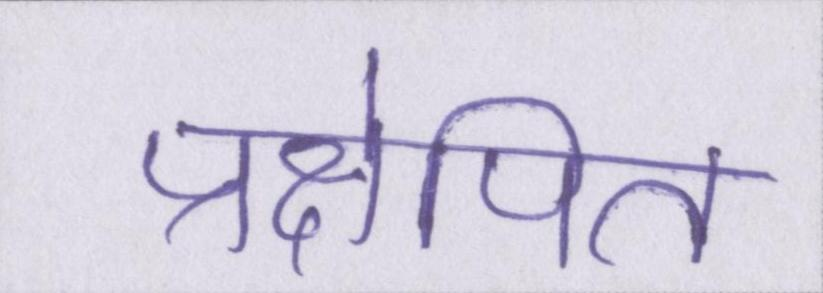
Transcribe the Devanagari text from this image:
प्रक्षेपित